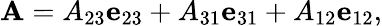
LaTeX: \mathbf{A}=A_{23}\mathbf{e}_{23}+A_{31}\mathbf{e}_{31}+A_{12}\mathbf{e}_{12},